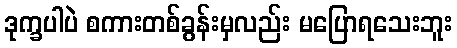
ဒုက္ခပါပဲ စကားတစ်ခွန်းမှလည်း မပြောရသေးဘူး